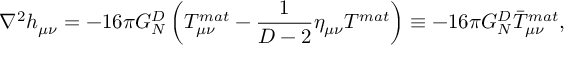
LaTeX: \nabla ^ { 2 } h _ { \mu \nu } = - 1 6 \pi G _ { N } ^ { D } \left( T _ { \mu \nu } ^ { m a t } - { \frac { 1 } { D - 2 } } \eta _ { \mu \nu } T ^ { m a t } \right) \equiv - 1 6 \pi G _ { N } ^ { D } \bar { T } _ { \mu \nu } ^ { m a t } ,